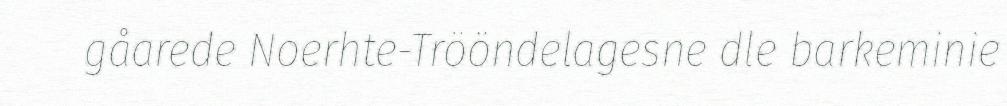
gåarede Noerhte-Trööndelagesne dle barkeminie